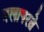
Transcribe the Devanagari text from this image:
मलापरते